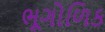
ભૂગોળિક